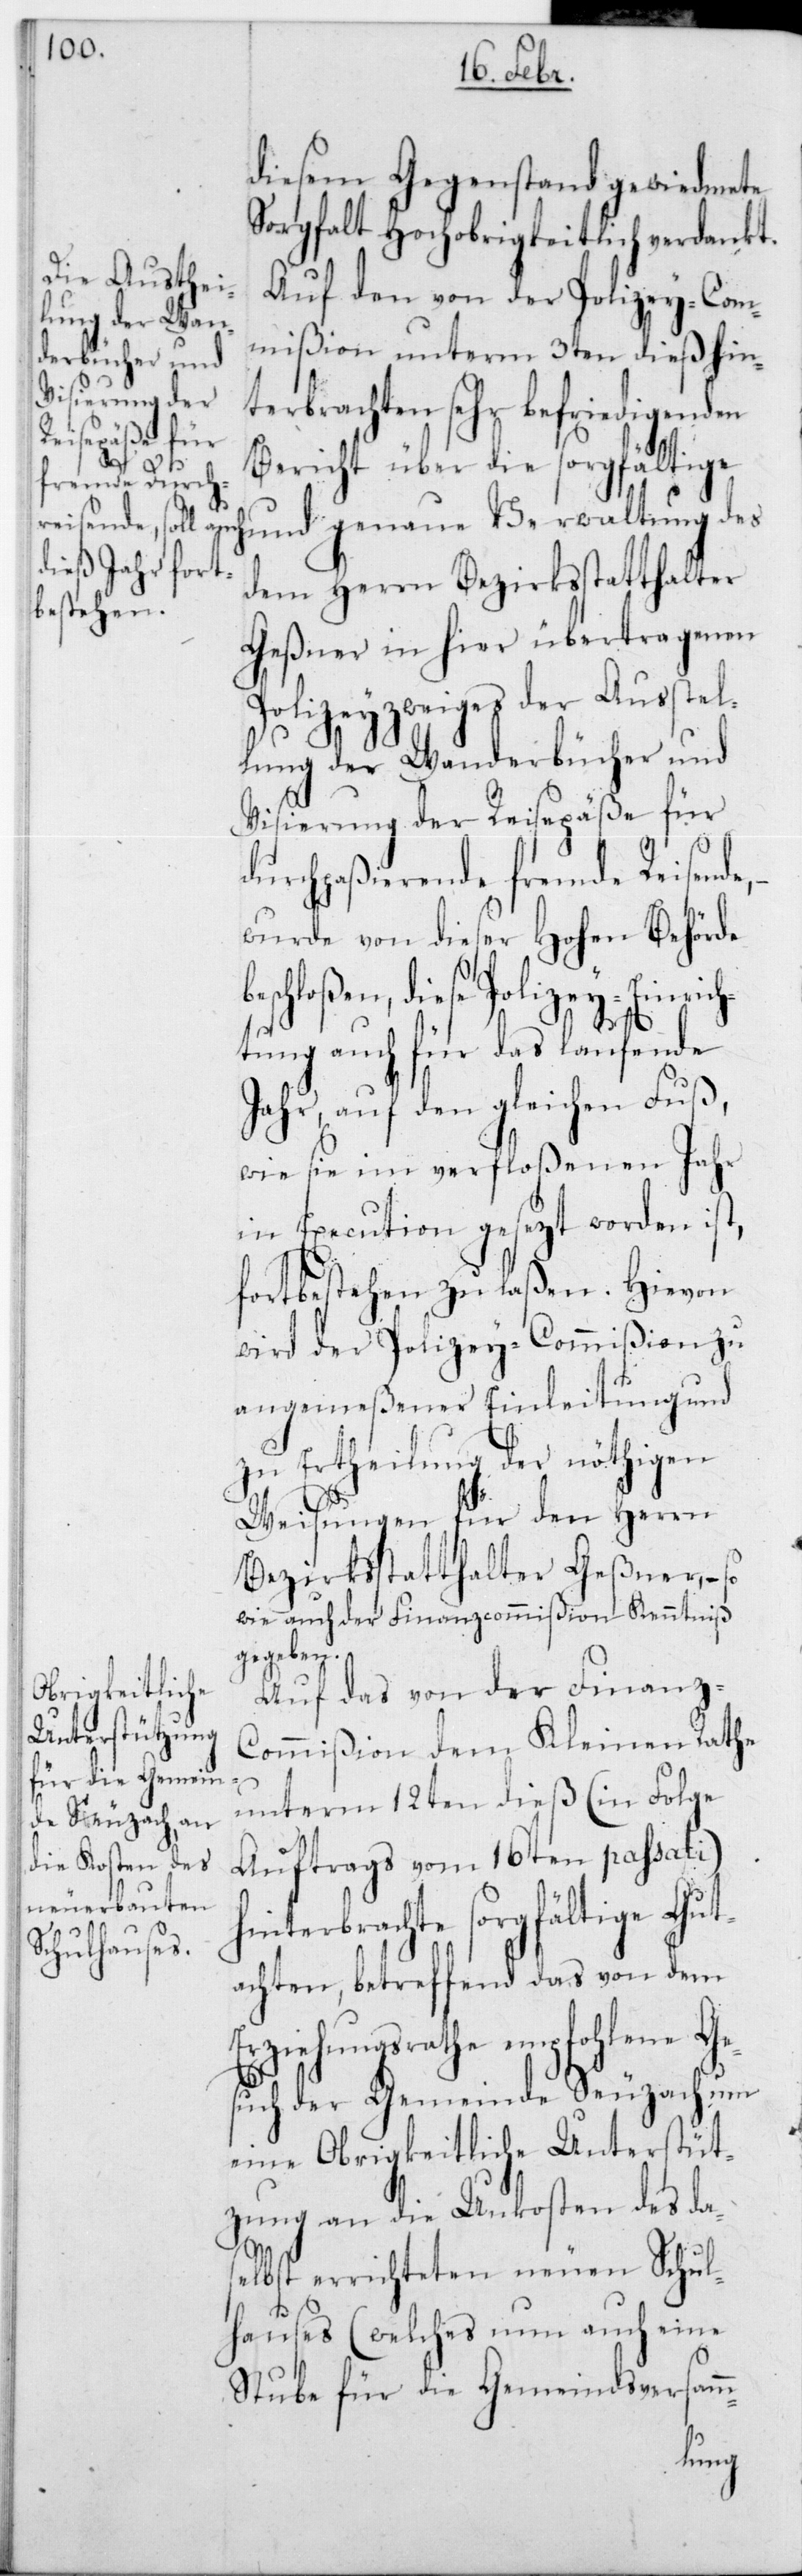
so¬

diesem Gegenstand gewiedmete
Sorgfalt hochobrigkeitlich verdankt.
Auf den von der Polizey-Com¬
mißion unterm 3ten dieß hin¬
terbrachten sehr befriedigenden
Bericht über die sorgfältige
und genaue Verwaltung des
dem Herrn Bezirksstatthalter
Geßner in hier übertragenen
Polizeyzweiges der Ausstel¬
lung der Wanderbücher und
Visierung der Reisepäße für
durchpaßierende fremde Reisende,
wurde von dieser Hohen Behörde
schloßen, diese Polizey-Einric¬
htung auch für das laufende
Jahr, auf den gleichen Fuß,
wie sie im verfloßenen Jahr
in Execution gesezt worden ist,
fortbestehen zu laßen. Hievon
wird der Polizey-Commißion zu
angemeßener Einleitung und
zu Ertheilung der nöthigen
Weisungen für den Herrn
Bezirksstatthalter Geßner, –
wie auch der Finanzcommißion Kenntniß
gegeben.
Auf das von der Finanz-C¬
ommißion dem Kleinen Rathe
unterm 12ten dieß (in Folge
Auftrags vom 16ten passati)
hinterbrachte sorgfältige Gut¬
achten, betreffend das von dem
Erziehungsrathe empfohlene Ge¬
such der Gemeinde Seuzach um
eine Obrigkeitliche Unterstüt¬
zung an die Unkosten des das¬
elbst errichteten neuen Schul¬
hauses (welches nun auch eine
samm-
Stube für die Gemeindsver¬